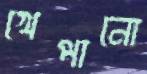
খেপানো